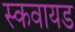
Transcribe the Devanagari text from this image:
स्कवायड